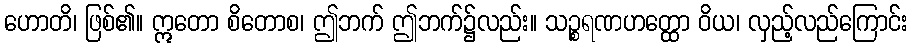
ဟောတိ၊ ဖြစ်၏။ ဣတော စိတောစ၊ ဤဘက် ဤဘက်၌လည်း။ သဉ္စရဏဟတ္ထော ဝိယ၊ လှည့်လည်ကြောင်း